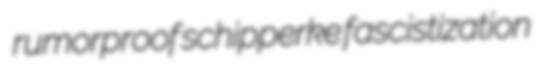
rumorproof schipperke fascistization